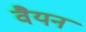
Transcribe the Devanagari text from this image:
वैयन